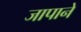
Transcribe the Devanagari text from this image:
जापाने